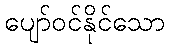
ပျော်ဝင်နိုင်သော